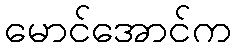
မောင်အောင်က